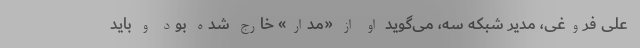
علی فروغی، مدیر شبکه سه، می‌گوید او از «مدار» خارج شده بود و باید